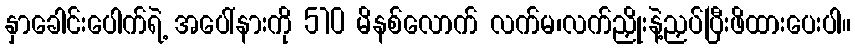
နှာခေါင်းပေါက်ရဲ့ အပေါ်နားကို 510 မိနစ်လောက် လက်မ၊လက်ညှိုးနဲ့ညှပ်ပြီးဖိထားပေးပါ။